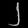
Digit: ၂